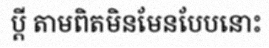
ប្តី តាមពិតមិនមែនបែបនោះ